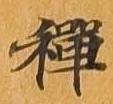
禅